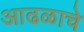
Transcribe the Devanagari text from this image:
आढळाचे